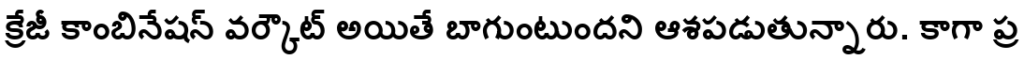
క్రేజీ కాంబినేషన్ వర్కౌట్ అయితే బాగుంటుందని ఆశపడుతున్నారు. కాగా ప్ర